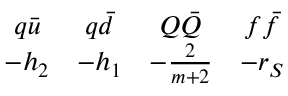
\begin{array} { c c c c } { { q \bar { u } } } & { { q \bar { d } } } & { { Q \bar { Q } } } & { { f \bar { f } } } \\ { { - h _ { 2 } } } & { { - h _ { 1 } } } & { { - { \frac { 2 } { m + 2 } } } } & { { - r _ { S } } } \end{array}